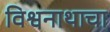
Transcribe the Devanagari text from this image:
विश्वनाथाचा